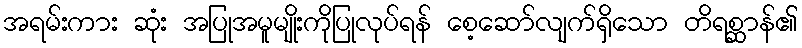
အရမ်းကား ဆုံး အပြုအမူမျိုးကိုပြုလုပ်ရန် စေ့ဆော်လျက်ရှိသော တိရစ္ဆာန်၏